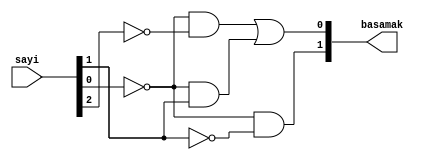
`timescale 1ns / 1ps
module basamak_bulma(
    input [2:0] sayi,
    output [1:0] basamak//rege izin vermedi.

    );
    //karnough sayi2 sayi1 sayi0|basamak1 basamak0
    wire k1,k2;
    not n1(k1,sayi[0]);
    not n2(k2,sayi[1]);
    and a1(basamak[1],k1,k2);
    
    wire k3,k4,k5,k7,k8;
    not n3(k3,sayi[0]);
    not n4(k4,sayi[2]);
    and a2(k7,k3,k4);
   
    not n5(k5,sayi[0]);
    and a3(k8,k5,sayi[1]);
    
    
    or o1(basamak[0],k7,k8);
    
    
endmodule